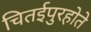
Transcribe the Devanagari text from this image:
चितईपुरहोते